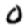
Digit: 0